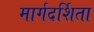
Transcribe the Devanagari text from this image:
मार्गदर्शिता